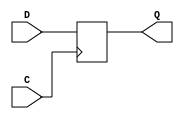
module DLatch (
  input D,
  input C,
  output reg Q
);

always@(posedge C) begin
  if (C) begin
    Q <= D;
  end
end

endmodule